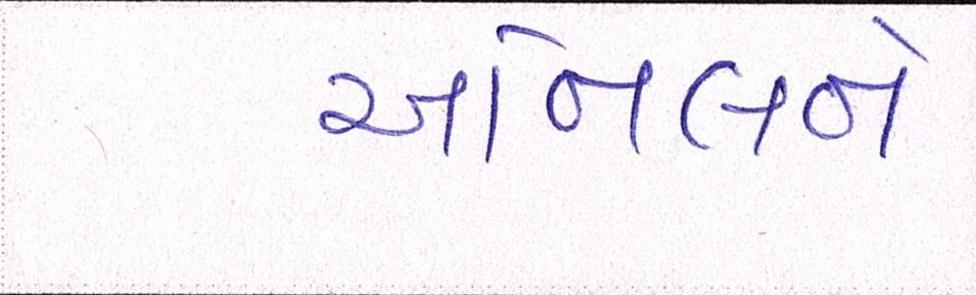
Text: અનિલને